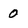
Character: 0